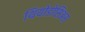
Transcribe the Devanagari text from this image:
थियोडोसिअस